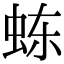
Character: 𬟽